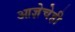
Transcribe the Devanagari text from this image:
आज्ञेचेही